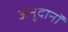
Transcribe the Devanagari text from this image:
अनुदानॉ